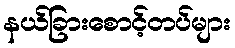
နယ်ခြားစောင့်တပ်များ